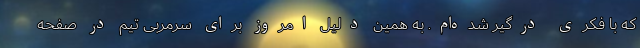
که با فکری درگیر شده‌ام. به همین دلیل امروز برای سرمربی تیم در صفحه